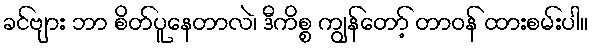
ခင်ဗျား ဘာ စိတ်ပူနေတာလဲ၊ ဒီကိစ္စ ကျွန်တော့် တာဝန် ထားစမ်းပါ။